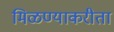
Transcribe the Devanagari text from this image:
मिळण्याकरीता